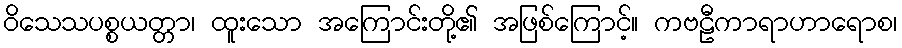
ဝိသေသပစ္စယတ္တာ၊ ထူးသော အကြောင်းတို့၏ အဖြစ်ကြောင့်။ ကဗဠီကာရာဟာရောစ၊